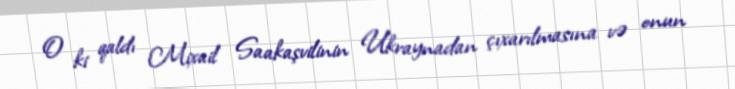
O ki qaldı Mixail Saakaşvilinin Ukraynadan çıxarılmasına və onun